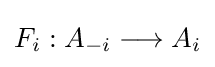
F_{i}:A_{-i}\longrightarrow A_{i}